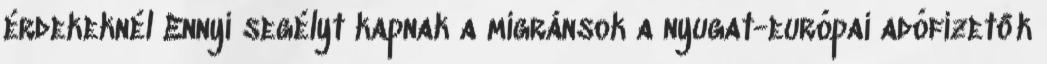
érdekeknél Ennyi segélyt kapnak a migránsok a nyugat-európai adófizetők